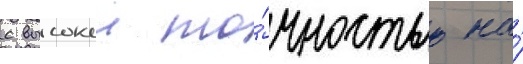
с высокои то́чностью на́